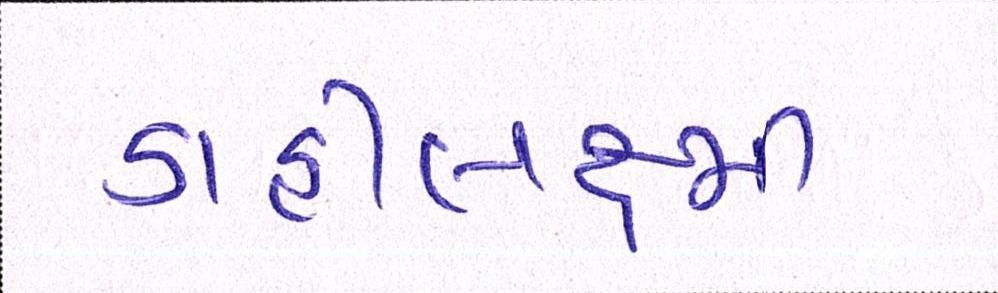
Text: ડાહીલક્ષ્મી